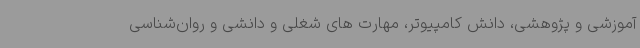
آموزشی و پژوهشی، دانش کامپیوتر، مهارت های شغلی و دانشی و روان‌شناسی